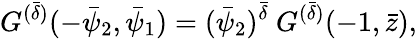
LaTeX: G^{(\bar{\delta})}(-\bar{\psi}_{2},\bar{\psi}_{1})=(\bar{\psi}_{2})^{\bar{\delta}}~G^{(\bar{\delta})}(-1,\bar{z}),